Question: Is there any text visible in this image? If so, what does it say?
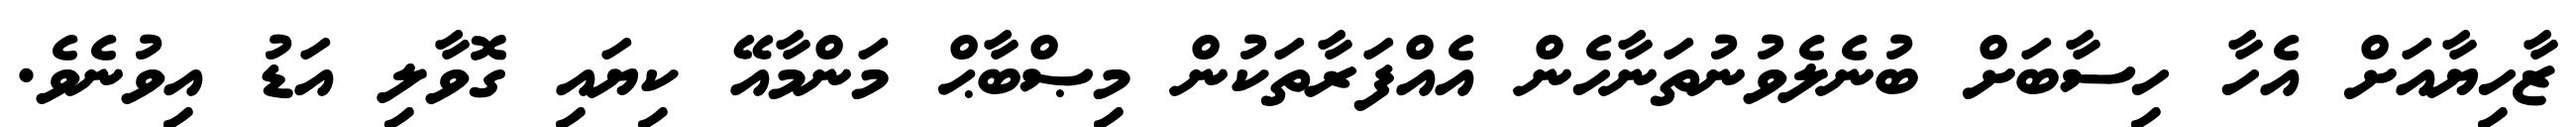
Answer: ޒާހިޔާއަށް އެހާ ހިސާބަށް ބުނެލެވުނުތަނާހެން އެއްފަރާތަކުން މިޞްބާޙް މަންމާއޭ ކިޔައި ގޮވާލި އަޑު އިވުނެވެ.